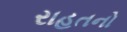
રાહતનો